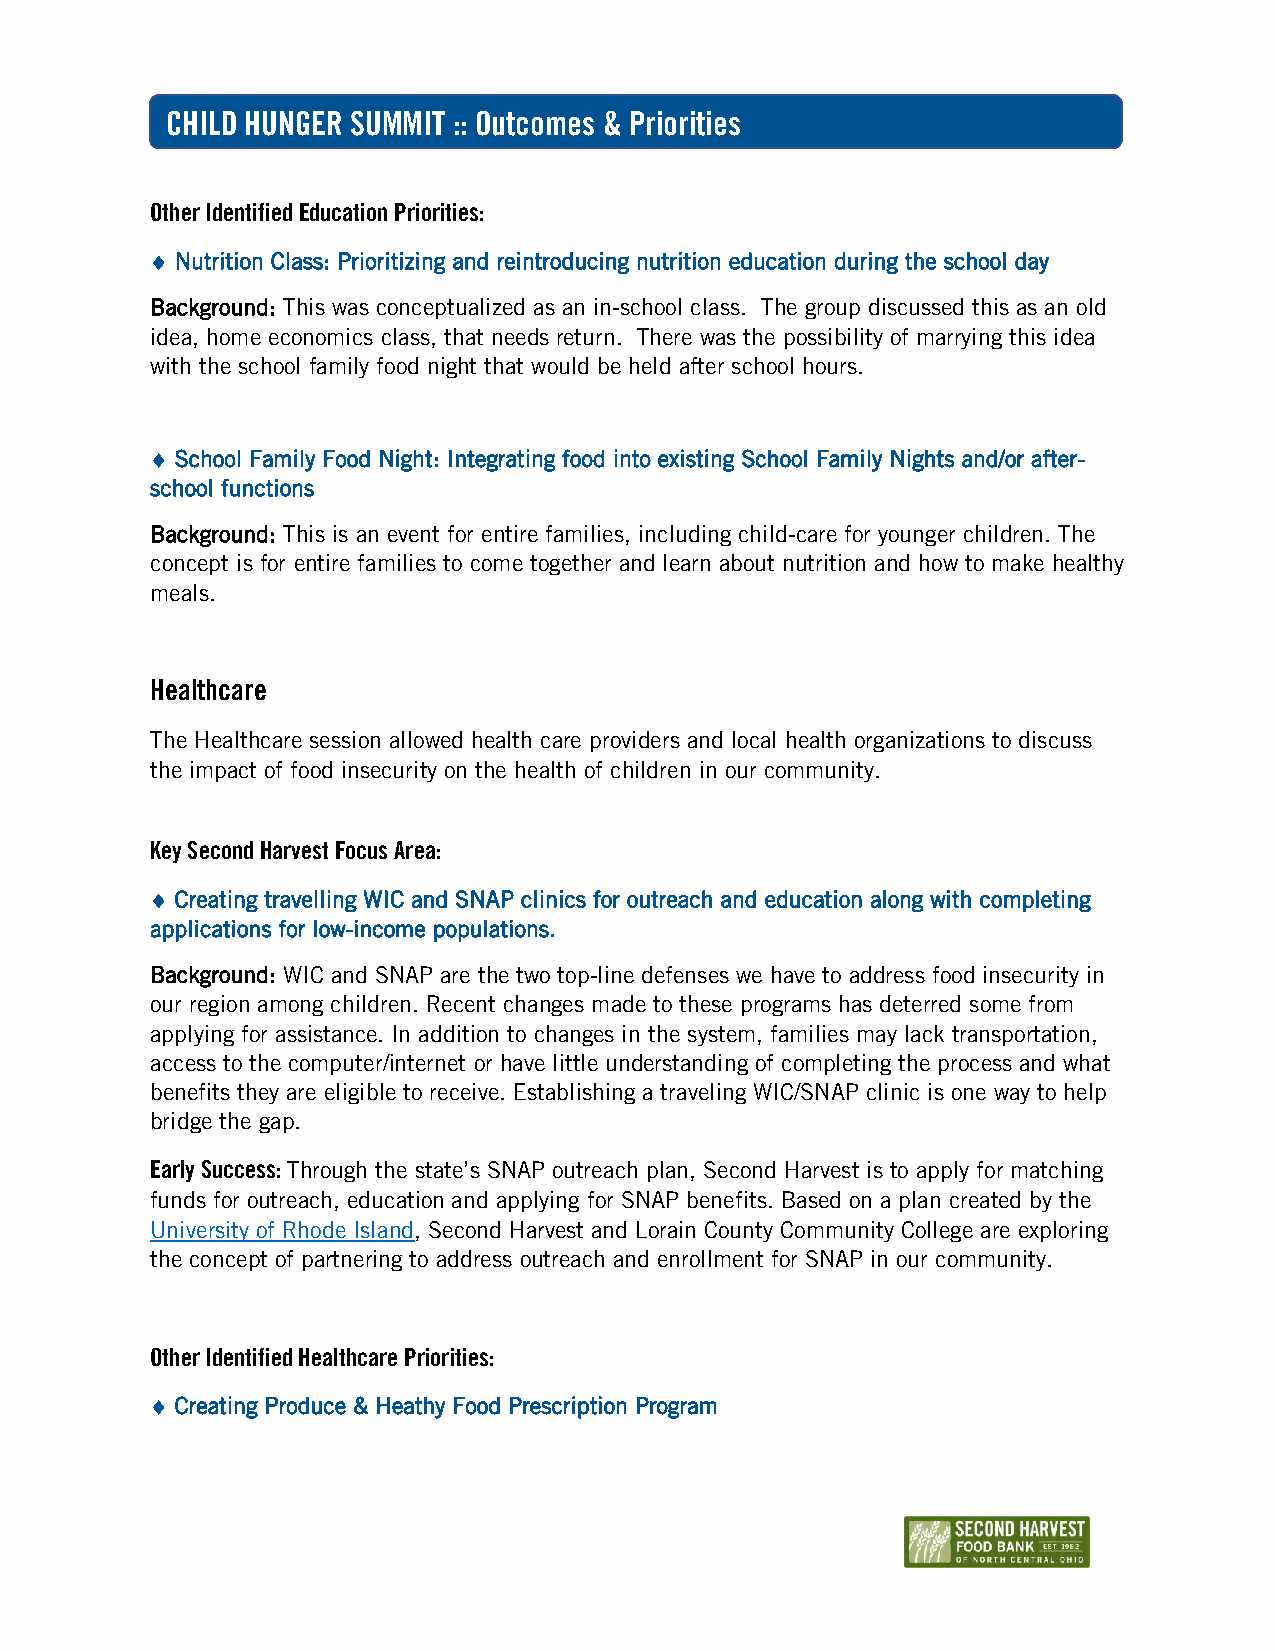
CHILD HUNGER SUMMIT :: Outcomes & Priorities
 Other Identified Education Priorities:
  Nutrition Class: Prioritizing and reintroducing nutrition education during the school day
 Background: This was conceptualized as an in-school class. The group discussed this as an old
 idea, home economics class, that needs return. There was the possibility of marrying this idea
 with the school family food night that would be held after school hours.
  School Family Food Night: Integrating food into existing School Family Nights and/or after-
 school functions
 Background: This is an event for entire families, including child-care for younger children. The
 concept is for entire families to come together and learn about nutrition and how to make healthy
 meals.
 Healthcare
 The Healthcare session allowed health care providers and local health organizations to discuss
 the impact of food insecurity on the health of children in our community.
 Key Second Harvest Focus Area:
  Creating travelling WIC and SNAP clinics for outreach and education along with completing
 applications for low-income populations.
 Background: WIC and SNAP are the two top-line defenses we have to address food insecurity in
 our region among children. Recent changes made to these programs has deterred some from
 applying for assistance. In addition to changes in the system, families may lack transportation,
 access to the computer/internet or have little understanding of completing the process and what
 benefits they are eligible to receive. Establishing a traveling WIC/SNAP clinic is one way to help
 bridge the gap.
 Early Success: Through the state’s SNAP outreach plan, Second Harvest is to apply for matching
 funds for outreach, education and applying for SNAP benefits. Based on a plan created by the
 University of Rhode Island, Second Harvest and Lorain County Community College are exploring
 the concept of partnering to address outreach and enrollment for SNAP in our community.
 Other Identified Healthcare Priorities:
  Creating Produce & Heathy Food Prescription Program